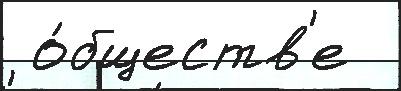
 о́бществ'е